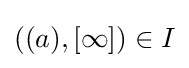
((a),[\infty ])\in I